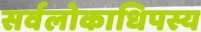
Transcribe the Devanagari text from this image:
सर्वलोकाधिपस्य